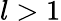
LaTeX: l>1